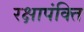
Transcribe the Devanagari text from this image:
रक्षापंक्ति